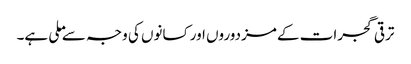
ترقی گجرات کے مزدوروں اور کسانوں کی وجہ سے ملی ہے۔